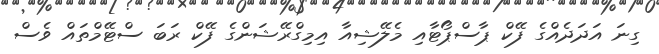
ގިނަ އަދަދެއްގެ ފޭކް ޕާސްޕޯޓާއި މެލޭޝިއާ އިމިގްރޭޝަންގެ ފޭކް ރަބަ ސްޓޭމްތައް ވެސް